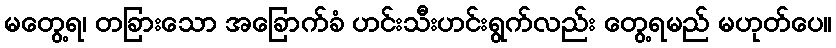
မတွေ့ရ၊ တခြားသော အခြောက်ခံ ဟင်းသီးဟင်းရွက်လည်း တွေ့ရမည် မဟုတ်ပေ။